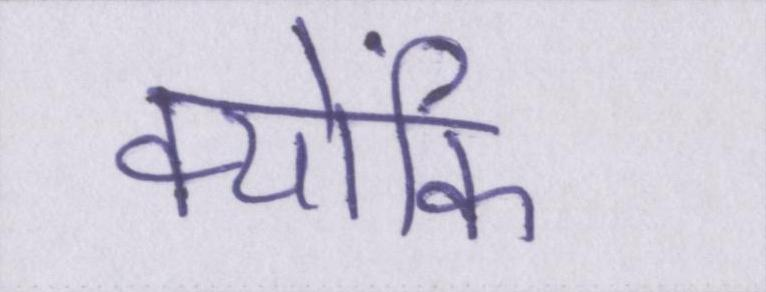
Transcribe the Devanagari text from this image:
क्योंकि